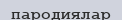
пародиялар